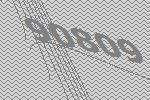
90809